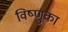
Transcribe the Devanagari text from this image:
विष्णुका